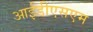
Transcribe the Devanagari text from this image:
आईडीएसएम